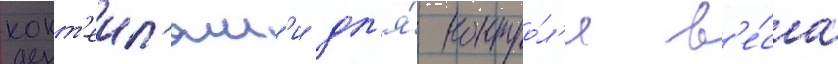
кокт'еил'ям'и дл'я́ контро́л'я в'е́са